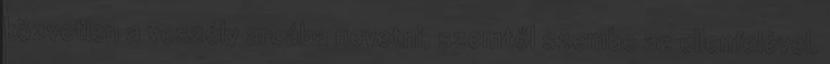
közvetlen a veszély arcába nevetni, szemtől szembe az ellenfelével,